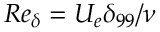
R e _ { \delta } = U _ { e } \delta _ { 9 9 } / \nu